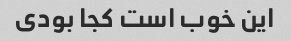
این خوب است کجا بودی